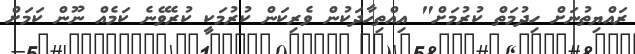
ރައްޔިތުނަށް ހިދުމަތް ކުރުމަށް" އިއްތިހާދަކުން ވެރިކަން ކުރުމަކީ ކުރެވޭނެ ކަމެއް ނޫން ކަމަށް